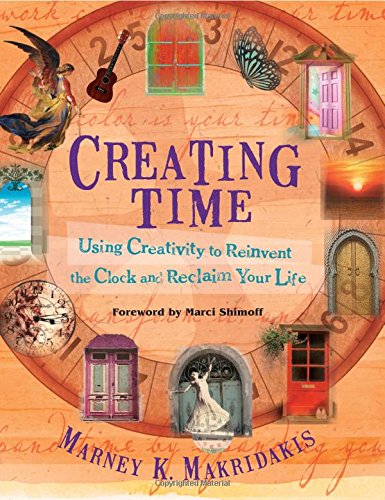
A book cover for Creating Time: Using Creativity to Reinvent the Clock and Reclaim Your Life; Marney K. Makridakis; Self-Help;